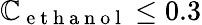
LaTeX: \mathbb{C}_{\mathrm{{~e~t~h~a~n~o~l~}}}\leq0.3